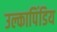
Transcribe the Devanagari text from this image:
उल्कापिंडिय